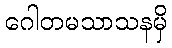
ဂေါတမသာသနမှိ